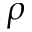
{ \rho }